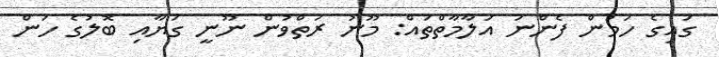
ގައިގެ ހަމުން ފެންނަ އަލާމާތްތައް: މޫނު ރަތްވުން ނޫނީ ގަޔާއި ބޮލުގެ ހަން